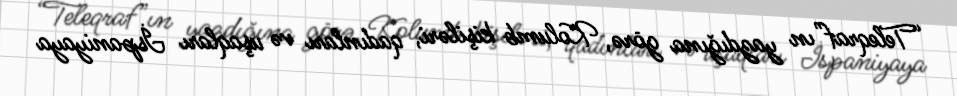
“Teleqraf”ın yazdığına görə, Kolumb kişiləri, qadınları və uşaqları İspaniyaya